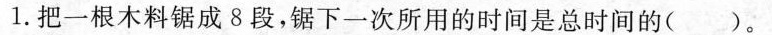
1.把一根木料锯成8段，锯下一次所用的时间是总时间的()。